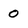
Character: 0